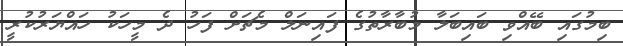
ބިމުގައި ބޭއްވި ބައިބަލާ މުބާރާތުގެ ފައިނަލް މެޗަށް ފަހު ދެ މީހަކު ހައްޔަރުކުރީ